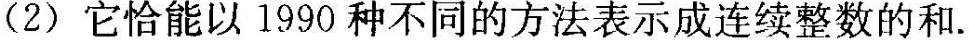
(2)它恰能以1990种不同的方法表示成连续整数的和。